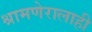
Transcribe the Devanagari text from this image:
श्रामणेरालाही